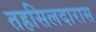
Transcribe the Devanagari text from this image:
तहसिलदारास